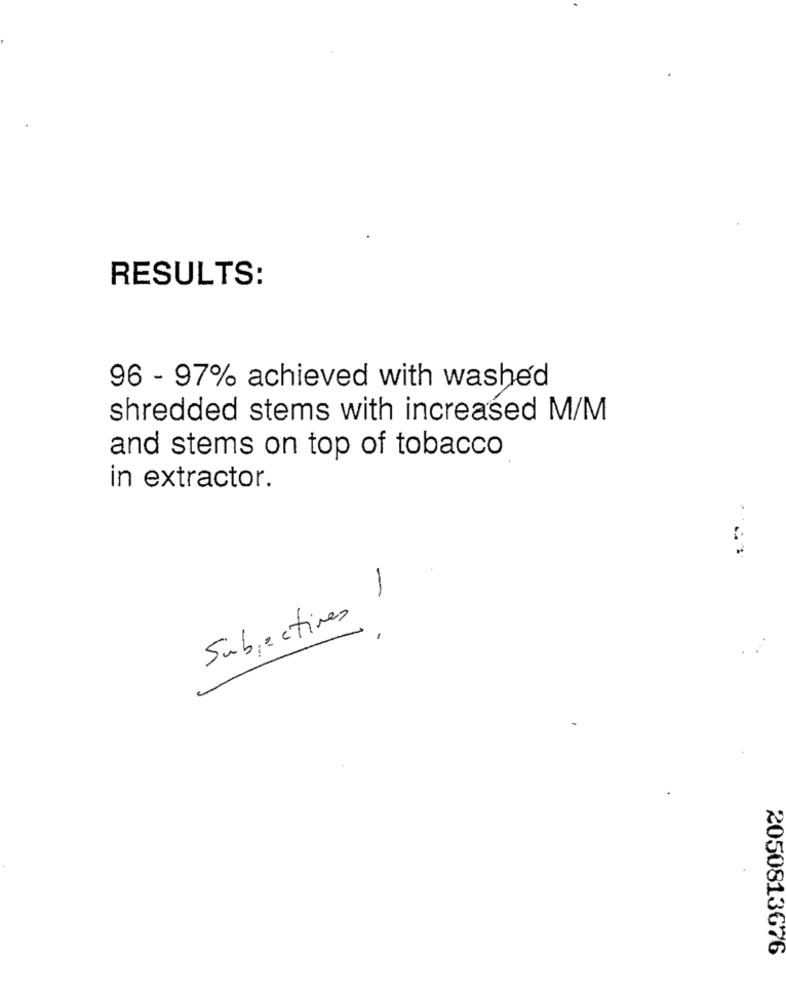
RESULTS:
96 - 97% achieved with washed
shredded stems with increased M/M
and stems on top of tobacco
in extractor.
-
Subjectives !
2050813676